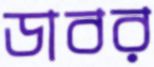
ডাবর